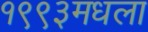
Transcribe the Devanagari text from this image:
१९९३मधला